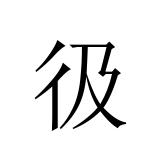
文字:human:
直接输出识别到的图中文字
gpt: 彶